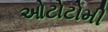
ઓટોટોમી